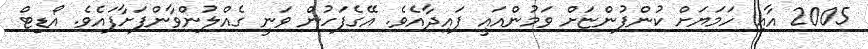
2005 އާއި ހަމަޔަށް ކުންފުންޏަށް ވަމުންއައީ ފައިދާއެވެ. އޭގެފަހުން ވަނީ ގެއްލުންވާންފަށާފައެވެ. އޯޑިޓް